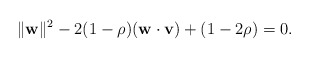
\begin{align*}\|\mathbf w\|^2 - 2(1-\rho)( \mathbf w \cdot \mathbf v) + (1-2\rho) = 0.\end{align*}